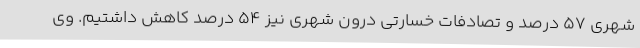
شهری 57 درصد و تصادفات خسارتی درون شهری نیز 54 درصد کاهش داشتیم. وی